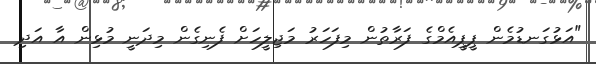
"އަޅުގަނޑުމެން ޕީޕީއެމްގެ ފަރާތުން މިފަހަރު މަޖިލީހަށް ފެނިގެން މިދަނީ މުޅިން އާ އަދި